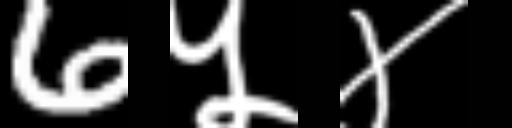
Text: 6५४